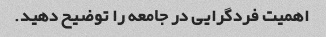
اهمیت فردگرایی در جامعه را توضیح دهید.